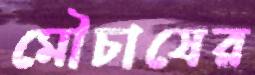
মৌচাষের